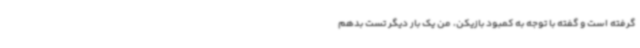
گرفته است و گفته با توجه به کمبود بازیکن، من یک بار دیگر تست بدهم